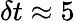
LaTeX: \delta t\approx 5